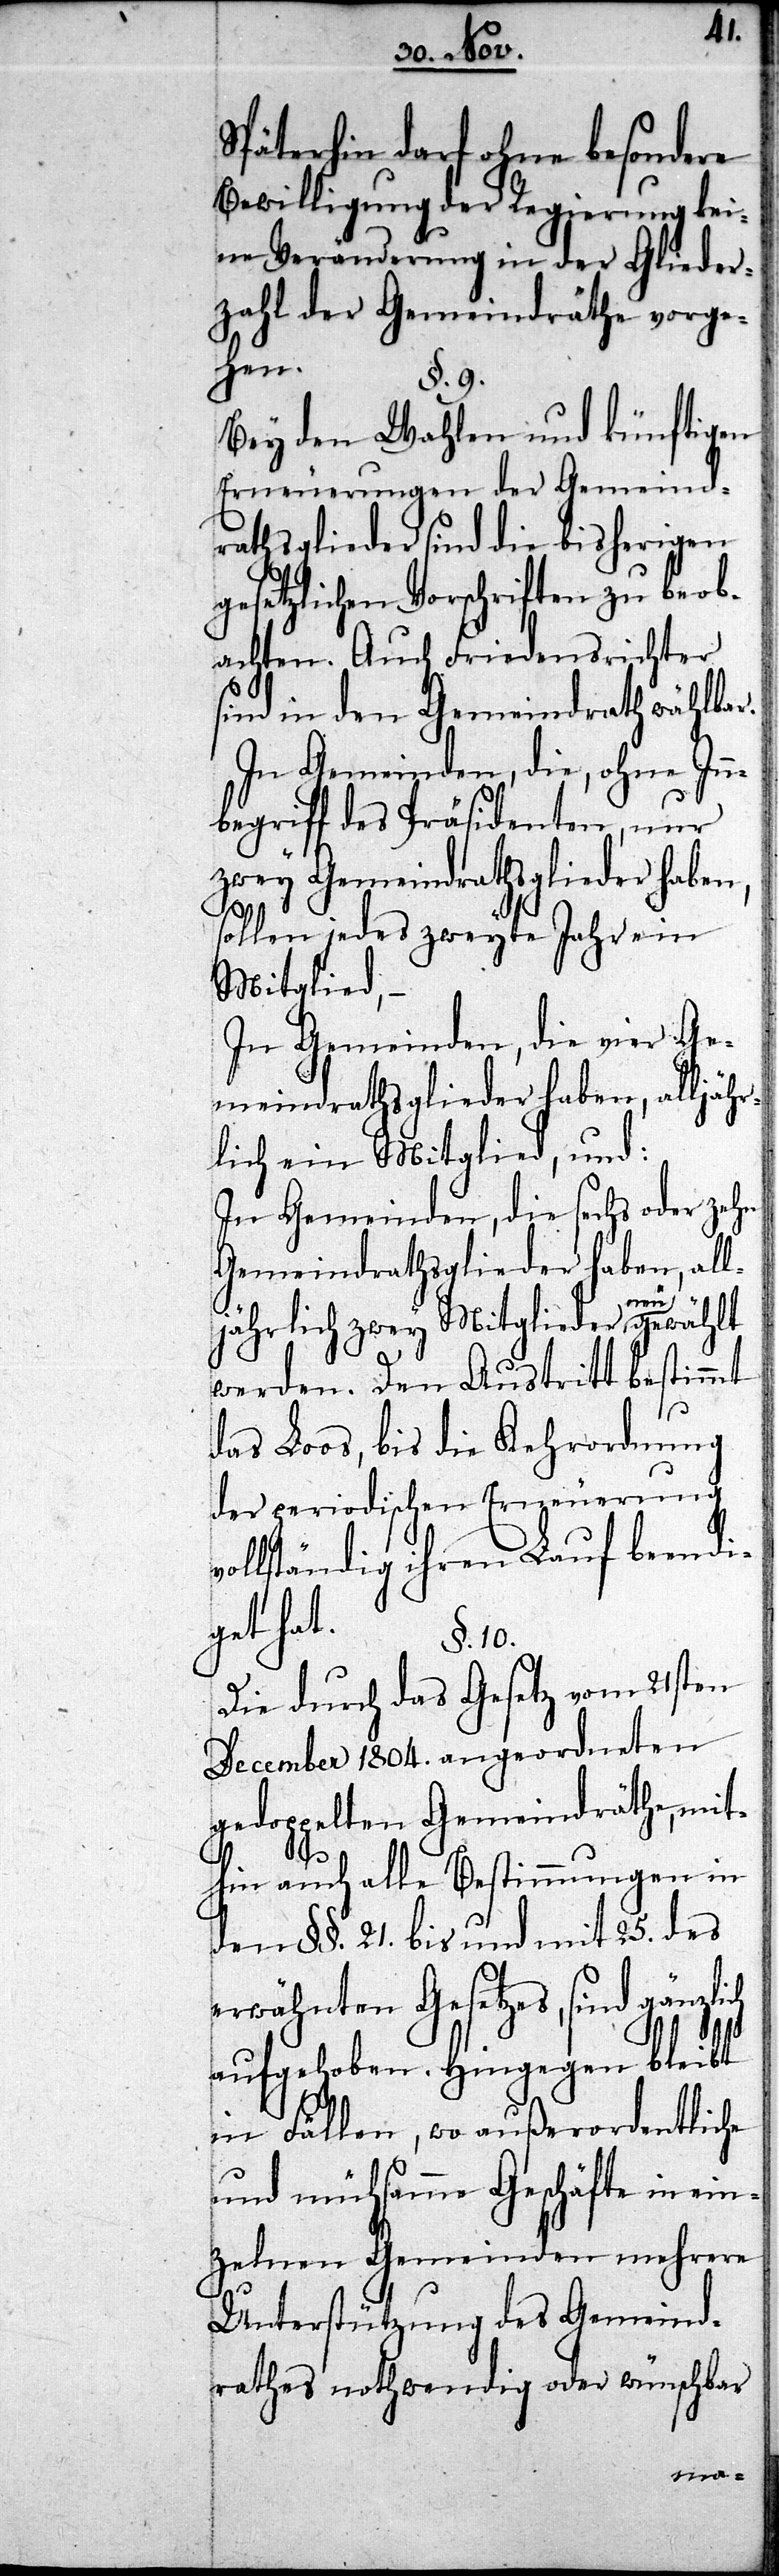
Späterhin darf ohne besondere
Bewilligung der Regierung kei¬
ne Veränderung in der Glieder¬
zahl der Gemeindräthe vorg¬
ehen.
§. 9.
Bey den Wahlen und künftigen
Erneuerungen der Gemeind¬
rathsglieder sind die bisherigen
gesetzlichen Vorschriften zu beob¬
achten. Auch Friedensrichter
sind in den Gemeindrath wählbar.
In Gemeinden, die, ohne I¬
begriff des Präsidenten, nur
zwey Gemeindrathsglieder haben,
sollen jedes zweyte Jahr ein
Mitglied, –
In Gemeinden, die, vier Ge¬
meindrathsglieder haben, alljä¬
lich ein Mitglied, und:
In Gemeinden, die sechs oder zehn
Gemeindrathsglieder haben, al¬
ljährlich zwey Mitglieder neu
bestimmt
werden. Den Austr¬
das Loos, bis die Kehrordnung
der periodischen Erneuerung
vollständig ihren Lauf beendi¬
get hat.
§. 10.
Die durch das Gesetz vom 21sten
December 1804. angeordneten
gedoppelten Gemeindräthe,
gen in
hin auch alle Bestimm¬
den §§. 21. bis und mit 25. des
erwähnten Gesetzes, sind gänzlich
aufgehoben. Hingegen bleibt
in Fällen, wo außerordentliche
und mühsamme Geschäfte in ein¬
zelnen Gemeinden mehrere
Unterstützung des Gemeind¬
rathes nothwendig oder wünschbar
un¬